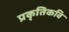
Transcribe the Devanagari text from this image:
प्रकृतिकवि